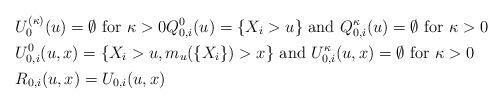
LaTeX: \begin{align*}&U_0^{(\kappa)}(u)=\emptyset \mbox{ for $\kappa>0$} Q_{0,i}^0(u)=\{X_i>u\} \mbox{ and } Q_{0,i}^{\kappa}(u)=\emptyset \mbox{ for $\kappa>0$}\\&U_{0,i}^0(u,x)=\{X_i>u,m_u(\{X_i\})>x\} \mbox{ and } U_{0,i}^{\kappa}(u,x)=\emptyset \mbox{ for $\kappa>0$}\\&R_{0,i}(u,x)=U_{0,i}(u,x)\end{align*}